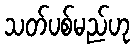
သတ်ပစ်မည်ဟု